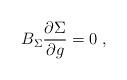
LaTeX: \begin{align*}B_\Sigma \frac{\partial \Sigma }{\partial g}=0\;, \end{align*}